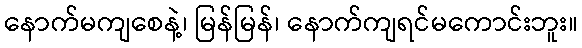
နောက်မကျစေနဲ့၊ မြန်မြန်၊ နောက်ကျရင်မကောင်းဘူး။